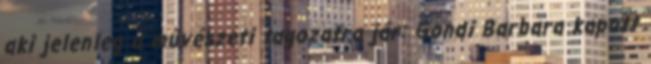
aki jelenleg a művészeti tagozatra jár: Gondi Barbara kapott